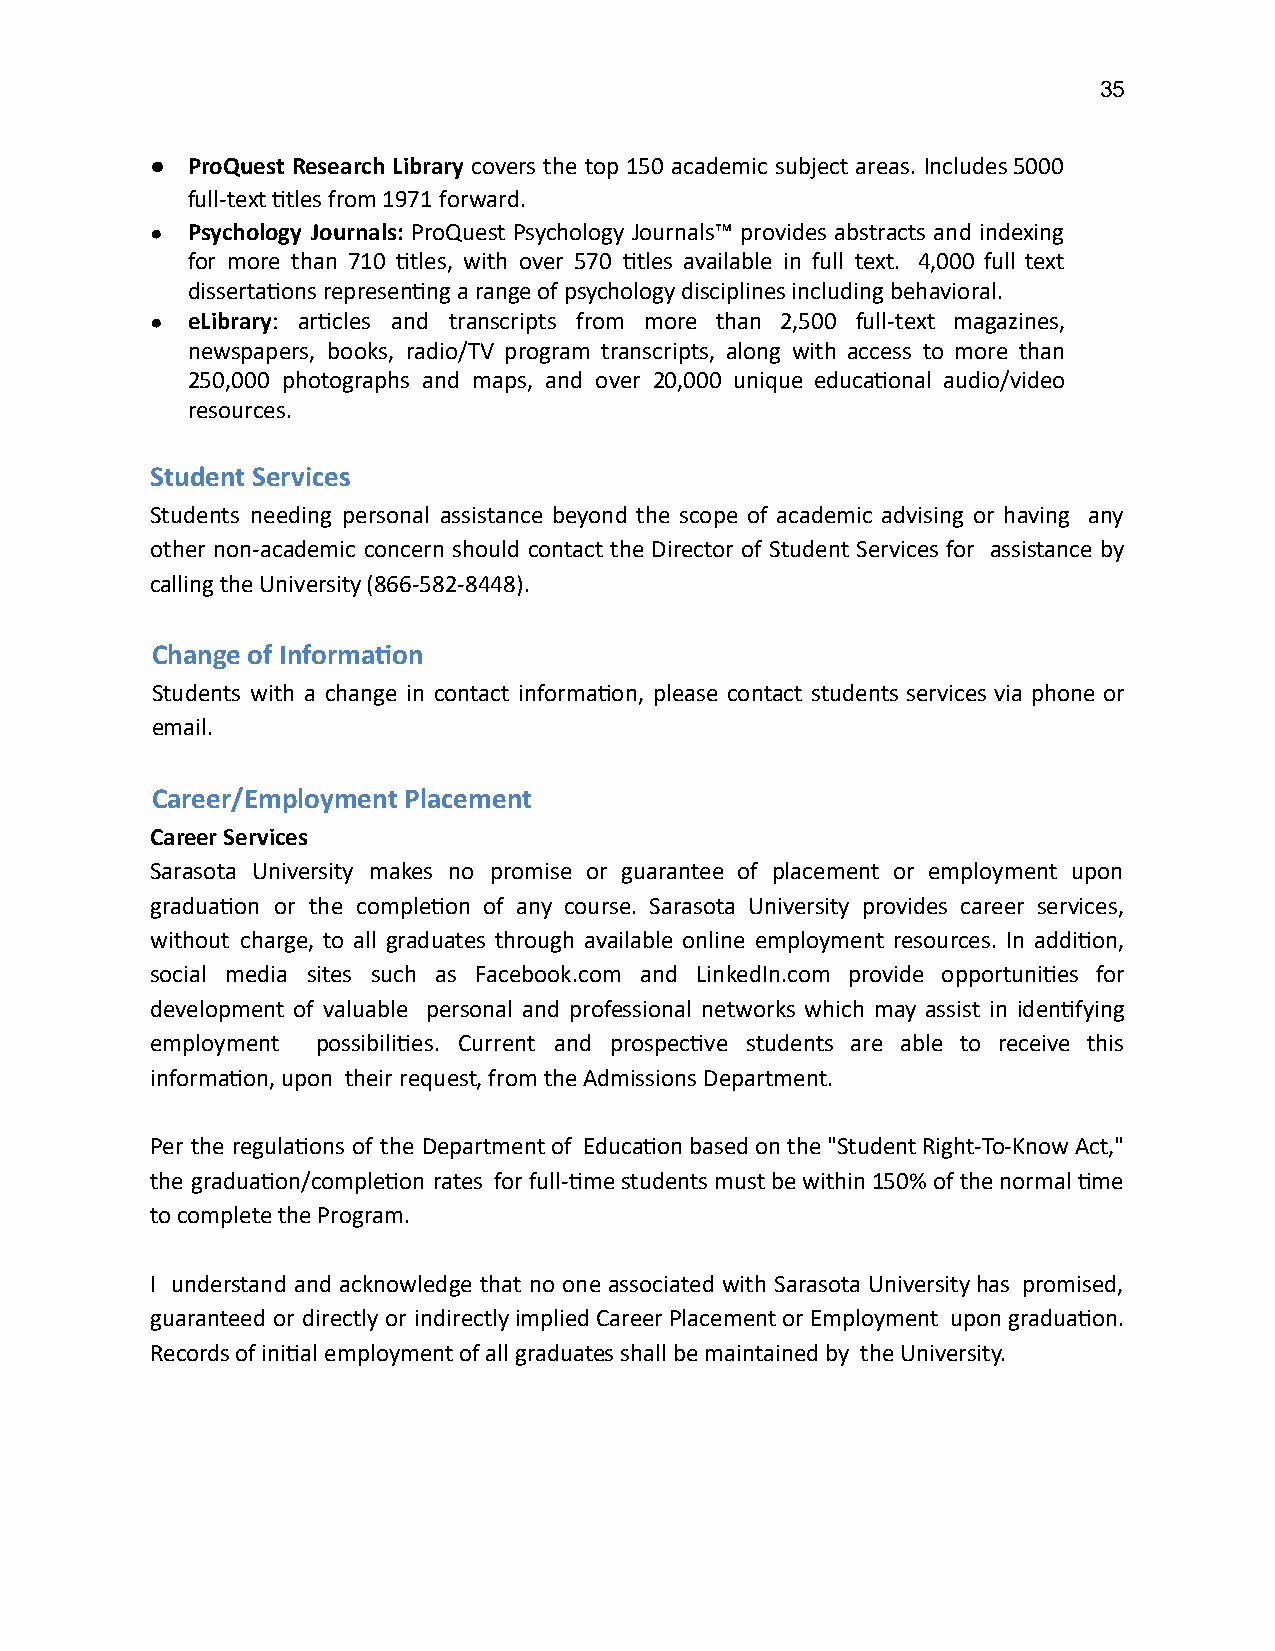
35
 ● ProQuest Research Library covers the top 150 academic subject areas. Includes 5000
 full-text tles from 1971 forward.
 ● Psychology Journals: ProQuest Psychology Journals™ provides abstracts and indexing
 for more than 710 tles, with over 570 tles available in full text. 4,000 full text
 dissertaons represenng a range of psychology disciplines including behavioral.
 ● eLibrary : arcles and transcripts from more than 2,500 full-text magazines,
 newspapers, books, radio/TV program transcripts, along with access to more than
 250,000 photographs and maps, and over 20,000 unique educaonal audio/video
 resources.
 Student Services
 Students needing personal assistance beyond the scope of academic advising or having any
 other non-academic concern should contact the Director of Student Services for assistance by
 calling the University (866-582-8448).
 Change of Informaon
 Students with a change in contact informaon, please contact students services via phone or
 email.
 Career/Employment Placement
 Career Services
 Sarasota University makes no promise or guarantee of placement or employment upon
 graduaon or the compleon of any course. Sarasota University provides career services,
 without charge, to all graduates through available online employment resources. In addion,
 social media sites such as Facebook.com and LinkedIn.com provide opportunies for
 development of valuable personal and professional networks which may assist in idenfying
 employment possibilies. Current and prospecve students are able to receive this
 informaon, upon their request, from the Admissions Department.
 Per the regulaons of the Department of Educaon based on the "Student Right-To-Know Act,"
 the graduaon/compleon rates for full-me students must be within 150% of the normal me
 to complete the Program.
 I understand and acknowledge that no one associated with Sarasota University has promised,
 guaranteed or directly or indirectly implied Career Placement or Employment upon graduaon.
 Records of inial employment of all graduates shall be maintained by the University.